Lunatic asylums in Bengal annual reports 1888-1898 - 1888-1898
Year: 1888
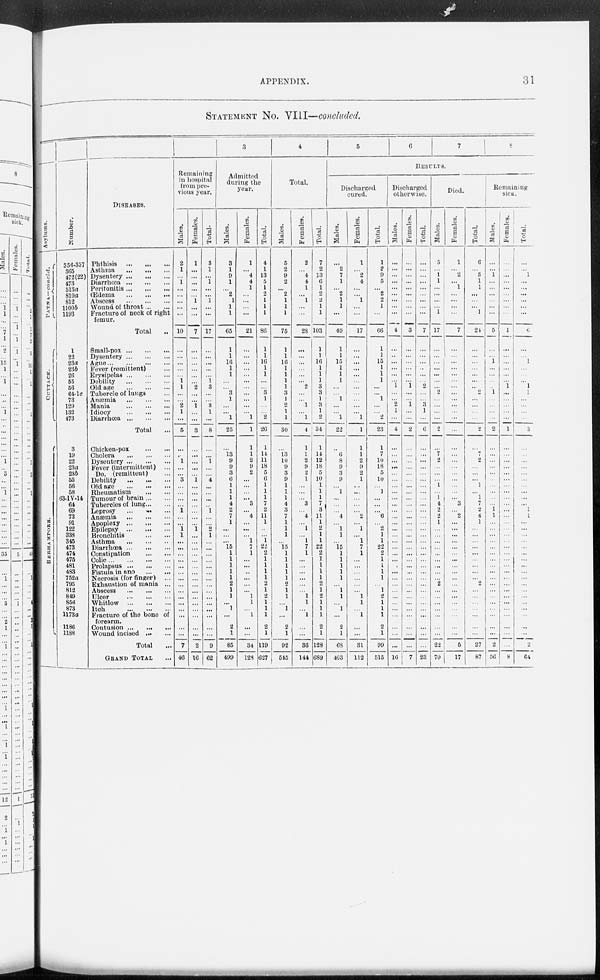
APPENDIX.
31
STATEMENT NO. VIII—concluded.
Asylums.
PATNA—concld.
CUTTACK.
BERHAMPORE.
Number.
356-357
365
472(22)
473
513a
810a
812
1100b
1193
1
22
23a
23b
26
55
56
64-1c
73
129
132
473
3
19
22
23a
23b
55
56
58
63-IV-14
64
69
73
91
122
338
345
473
474
475
481
483
752a
795
812
849
856
873 1173a
1186
1188
DISEASES.
Phthisis
...
...
...
Asthma
...
...
...
Dysentery
...
...
...
Diarrhœa
...
...
...
Peritonitis
...
...
...
Œdema
...
...
...
Abscess
...
...
...
Wound of throat ... ...
Fracture of neck of right
femur.
Total ...
Small-pox ... ... ...
Dysentery
...
...
...
Ague
...
...
...
...
Fever (remittent) ...
Erysipelas
...
...
...
Debility
...
...
...
Old age
...
...
...
Tubercle of lungs ...
Anæmia
...
...
...
Mania
...
...
...
Idiocy
...
...
...
Diarrhœa
...
...
...
Total ...
Chicken-pox
...
...
Cholera
...
...
...
Dysentery
...
...
...
Fever (intermittent) ...
Do. (remittent) ...
Debility
...
...
...
Old age
...
...
...
Rheumatism
...
...
Tumour of brain ... ...
Tubercles of lung ... ...
Leprosy
... ... ...
Anosmia
...
...
...
Apoplexy
...
...
...
Epilepsy
...
...
...
Bronchitis
...
...
...
Asthma
...
...
...
Diarrhœa
...
...
...
Constipation
...
...
Colic
...
...
...
Prolapsus
...
...
...
Fistula in ano
...
...
Necrosis (for finger) ...
Exhaustion of mania ...
Abscess
...
...
...
Ulcer
...
...
...
Whitlow
...
...
...
Itch
...
...
...
Fracture of the bone of
forearm.
Contusion ... ... ...
Wound incised
...
...
Total ...
GRAND
TOTAL ...
Remaining
in hospital
from pre-
vious year.
Males.
2
1
...
1
...
...
...
...
...
10
...
...
...
...
...
1 1
...
...
2
1
...
5
...
...
1
. . .
...
3
...
...
...
...
1
...
...
1
1
...
...
...
...
...
...
...
...
...
...
...
...
...
...
...
7
46
Females.
1
...
...
...
...
...
1
...
...
7
...
...
...
...
...
...
2
...
...
1
...
...
3
...
...
...
...
...
1
...
...
...
...
...
...
...
1
...
...
...
...
...
...
...
...
...
...
...
...
...
...
...
...
2
16
Total.
3
1
...
1
...
...
1
...
...
17
...
...
...
...
...
1
3
...
...
3
1
...
8
...
...
1
...
. ..
4
...
...
...
...
1
...
...
2
1
...
...
...
...
...
...
...
...
...
...
...
...
...
...
...
9
62
3
Admitted
during the
year.
Males.
3
1
9
1
...
2
1
1
1
65
1
1
16
1
1
...
...
3
1
...
...
1
25
...
13
9
9
3
6
1
1
1
4
2
7
1
...
...
...
15
1
1
1
1
1
2
1
1
...
1
...
2
1
85
499
Females.
1
...
4
4
1
...
...
21
...
...
...
...
...
...
...
...
...
...
...
1
1
1
1
2
9
2
...
...
...
...
3
...
4
...
...
...
1
7
1
...
...
..
...
...
...
1
1
...
1
...
...
34
128
Total.
4
1
13
5
1
2
1
1
1
86
1
1
16
1
1
...
...
3
1
...
...
2
26
1
14
11
18
5
6
1
1
1
7
2
11
1
...
...
1
22
2
1
1
1
1
2
1
2
1
1
1
2
1
119
627
4
Total.
Males.
5
2
9
2
. .«
2
1
1
1
75
1
1
16
1
1
1
1
3
1
2
1
1
30
...
13
10
9
3
9
1
1
1
4
3
7
1
1
1
...
15
1
1
1
1
1
2
1
1
...
1
...
2
1
92
545
Females.
2
4
4
1
1
.. .
28
...
...
...
...
...
...
2
...
...
1
...
1
4
1
1
2
9
2
1
...
...
...
3
...
4
...
1
...
1
7
1
...
...
...
...
...
...
1
1
...
1
...
...
36
144
Total.
7
2
13
6
1
2
2
1
1
103
1
1 16
1
1
1
3
3
1
3
1
2
34
1
14
12
18
5
10
1
1
1
7
3
11
1
2
1
1
22
2
1
1
1
1
2
1
2
1
1
1
2
1
128
689
5
6
7
8
RESULTS.
Discharged
cured.
Males.
...
2
7
1
...
2
1
1
...
49
1
1
15
1
1
1
...
...
1
...
...
1
22
...
6
8
9
3
9
...
1
...
...
...
4
...
1
1
...
15
1
1
1
1
1
...
1
1
...
1
...
2
1
68
403
Females.
1
...
2
4
...
...
1
...
...
17
...
...
...
...
...
...
...
...
...
...
...
1
1
1
1
2
9
2
1
...
...
...
...
...
2
...
1
...
1
7
1
...
...
...
...
...
...
1
1
...
1
...
...
31
112
Total.
1
2
9
5
...
2
2
1
...
66
1
1
15
1
1
1
...
...
1
...
...
2
23
1
7
10
18
5
10
...
1
...
...
...
6
...
2
1
1
22
2
1
1
1
1
...
1
2
1
1
1
2
1
99
515
Discharged
otherwise.
Males.
...
...
...
...
...
...
...
...
...
4
...
...
...
...
...
...
1
...
...
2
1
...
4
...
...
...
...
...
...
...
...
...
...
...
...
...
...
...
...
...
...
...
...
...
...
...
...
...
...
...
...
...
...
...
16
Females.
...
...
...
...
...
...
...
...
...
3
...
...
...
...
...
...
1
...
...
1
...
...
2
...
...
...
...
...
...
...
...
...
...
...
...
...
...
...
...
...
...
...
...
...
...
...
...
...
...
...
...
...
...
...
7
Total.
...
...
...
...
...
...
...
...
...
7
...
...
...
...
...
...
2
...
...
3
1
...
6
...
...
...
...
...
...
...
...
...
...
...
...
...
...
...
...
...
...
...
...
...
...
...
...
...
...
...
...
...
...
...
23
Died.
Males.
5
...
1
1
...
...
...
...
1
17
...
...
...
...
...
...
...
2
...
...
...
...
2
...
7
2
...
...
...
1
...
1
4
2
2
1
...
...
...
...
...
...
...
...
... 2
...
...
...
...
...
...
...
22
70
Females.
1
...
2
...
1
...
...
...
...
7
...
...
...
...
...
...
...
...
...
...
...
...
...
...
...
...
...
...
...
...
...
...
3
...
2
...
...
...
...
...
...
...
...
...
...
...
...
...
...
...
...
...
...
5
17
Total.
6
...
3
1
1
...
...
...
1
24
...
...
...
...
...
...
...
2
...
...
...
...
2
...
7
2
...
...
...
1
...
1
7
2
4
1
...
...
...
...
...
...
...
...
...
2
...
...
...
...
...
...
...
27
87
Remaining
sick.
Males.
...
...
1
...
...
...
...
...
...
5
...
...
1
...
...
...
...
1
...
...
...
...
2
...
...
...
...
...
...
...
...
...
...
1
1
...
...
...
...
...
...
...
...
...
...
...
...
...
...
...
...
...
...
2
56
Females.
...
...
...
...
...
...
...
...
...
1
...
...
...
...
...
...
1
...
...
...
...
...
1
...
...
...
...
...
...
...
...
...
...
...
...
...
...
...
...
...
...
...
...
...
...
...
...
...
...
...
...
...
...
...
8
Total.
...
...
1
...
...
...
...
...
...
6
...
...
1
...
...
...
1
1
...
...
...
...
3
...
...
...
...
...
...
...
...
...
...
1
1
...
...
...
...
...
...
...
...
...
...
...
...
...
...
...
...
...
...
2
64